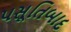
પસૂતિબાદ